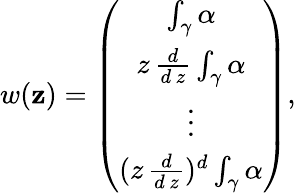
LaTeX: w(\mathbf{z})=\left(\begin{array}{c}{{\int_{\gamma}\alpha}}\\ {{z\, \frac{d}{d\, z}\int_{\gamma}\alpha}}\\ {{\vdots}}\\ {{(z\, \frac{d}{d\, z})^{d}\int_{\gamma}\alpha}}\end{array}\right),